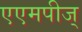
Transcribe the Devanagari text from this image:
एएमपीज्